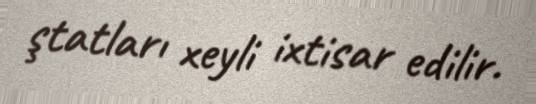
ştatları xeyli ixtisar edilir.